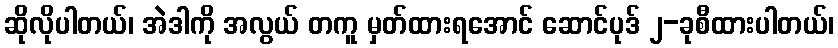
ဆိုလိုပါတယ်၊ အဲဒါကို အလွယ် တကူ မှတ်ထားရအောင် ဆောင်ပုဒ် ၂-ခုစီထားပါတယ်၊